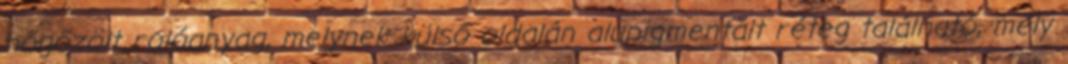
hőgőzölt rolóanyag, melynek külső oldalán alupigmentált réteg található, mely